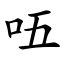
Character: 㕶